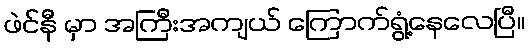
ဖဲင်နီ မှာ အကြီးအကျယ် ကြောက်ရွံ့နေလေပြီ။